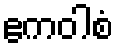
ဧကဝါစံ